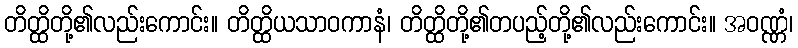
တိတ္ထိတို့၏လည်းကောင်း။ တိတ္ထိယသာဝကာနံ၊ တိတ္ထိတို့၏တပည့်တို့၏လည်းကောင်း။ အဝဏ္ဏံ၊